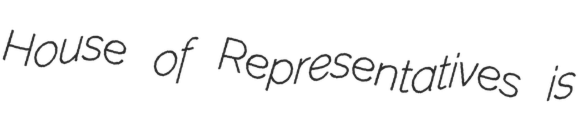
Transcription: House of Representatives is